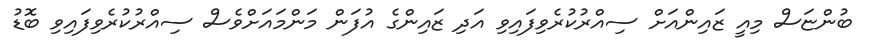
ބުންޏަސް މިއީ ޒައިންއަށް ސިއްރުކުރެވިފައިވި އަދި ޒައިންގެ އުފަން މަންމައަށްވެސް ސިއްރުކުރެވިފައިވި ބޮޑު